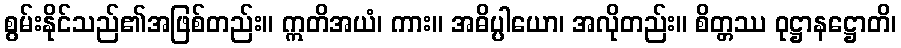
စွမ်းနိုင်သည်၏အဖြစ်တည်း။ ဣတိအယံ၊ ကား။ အဓိပ္ပါယော၊ အလိုတည်း။ စိတ္တဿ ဝုဋ္ဌာနဋ္ဌောတိ၊